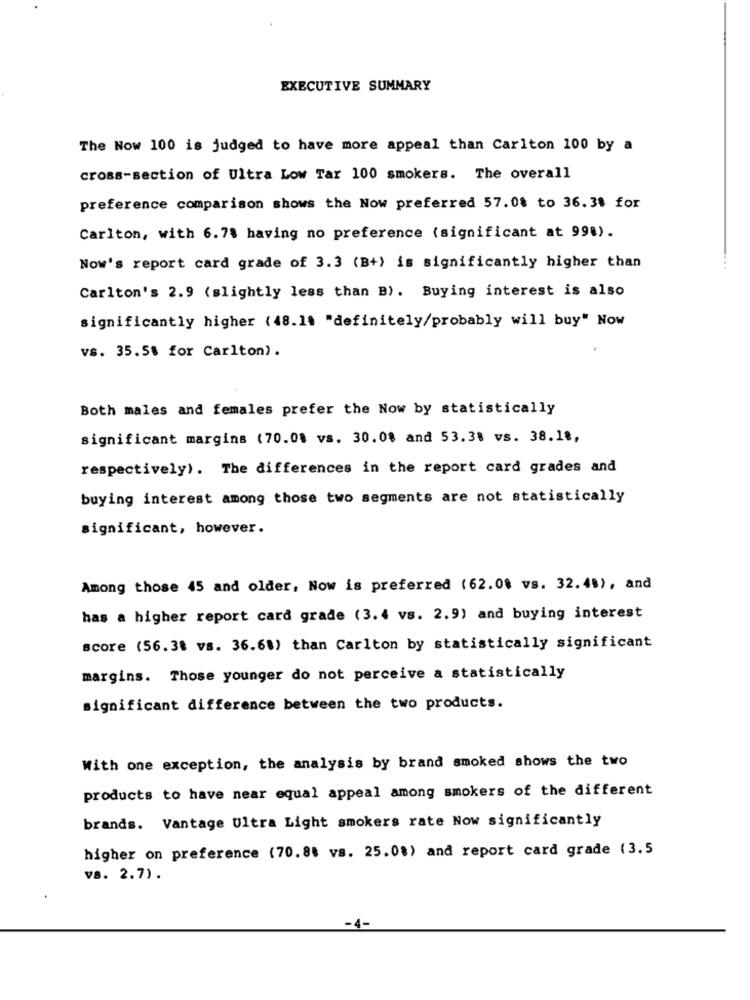
EXECUTIVE SUMMARY
The Now 100 is judged to have more appeal than Carlton 100 by a
cross-section of Ultra Low Tar 100 smokers. The overall
preference comparison shows the Now preferred 57.08 to 36.38 for
Carlton, with 6.78 having no preference (significant at 998).
Now's report card grade of 3.3 (B+) is significantly higher than
Carlton's 2.9 (slightly less than B). Buying interest is also
significantly higher (48.18 "definitely/probably will buy" Now
vs. 35.5% for Carlton).
Both males and females prefer the Now by statistically
significant margins (70.08 vs. 30.08 and 53.38 vs. 38.18,
respectively). The differences in the report card grades and
buying interest among those two segments are not statistically
significant, however.
Among those 45 and older, Now is preferred (62.08 vs. 32.4%), and
has a higher report card grade (3.4 vs. 2.9) and buying interest
score (56.38 vs. 36.68) than Carlton by statistically significant
margins. Those younger do not perceive a statistically
significant difference between the two products.
With one exception, the analysis by brand smoked shows the two
products to have near equal appeal among smokers of the different
brands. Vantage Ultra Light smokers rate Now significantly
higher on preference (70.88 vs. 25.08) and report card grade (3.5
vs. 2.7).
-4-